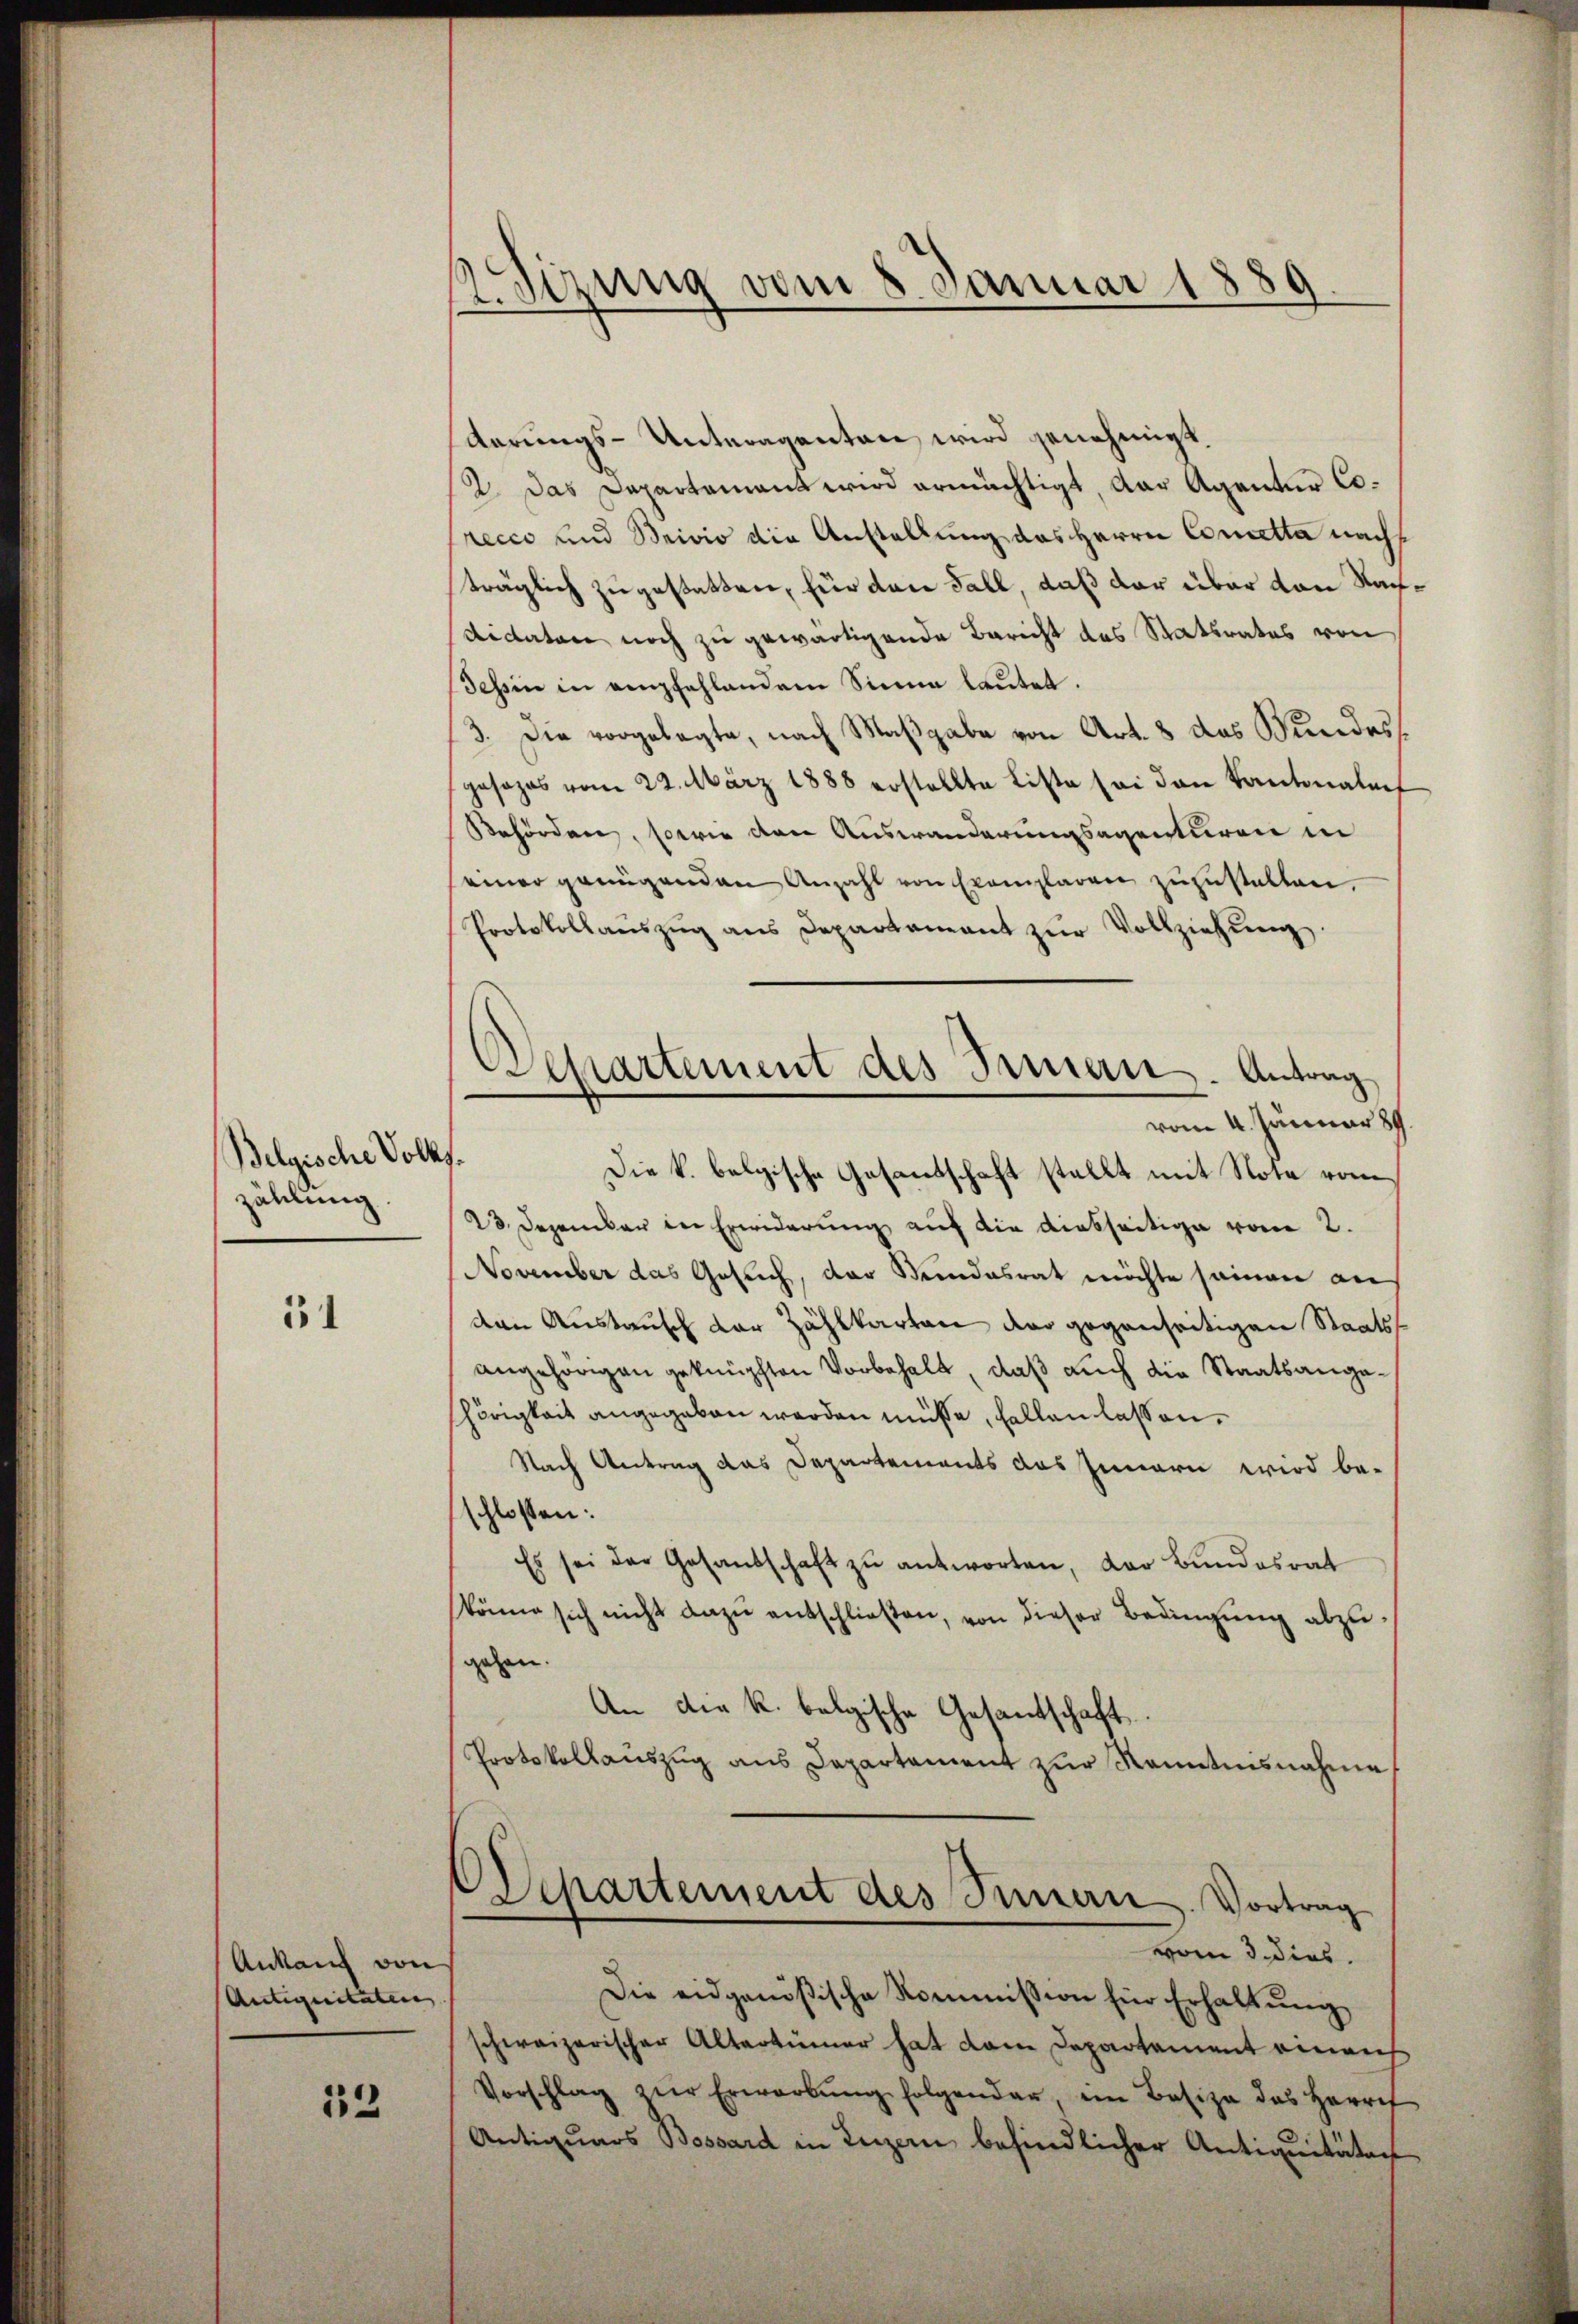
Belgische Volks.
zählung.

51

Ankauf von
Antiquitaten

52

Sizung vom 8. Januar 1889

Departement des Innern. Antrag
vom 4. Januar 189

derungs-Unteragenten wird genehmigt.
2. Das Departamant wird ermächtigt, der Agentur Corecco und Beivio die Anstellung des Herrn Cometta nachträglich zugestatten, für dann Fall, daß der über den Nachdidaten noch zu gewärtigende Bericht des Statsrates von
Tessin in empfehlendem Sinne lautet.
3. Die vorgelegte, nach Maßgabe von Art. 8 das Bundesgesages vom 22. März 1888 erstellte Liste sei den Kantonalref
Behörden, sowie den Auswanderungsagenturen in
seiner genügenden Anzahl von Exemplaren zŭzŭstalten.
Protokollaŭszŭg ans Departament zŭr Vollziehŭng
Die k. belgische Gesandschaft stellt mit Nota vom
23. Dezember der Erwiderung auf die diesseitige vom 2.
November das Gesuch, der Stundesrat möchte seiner an
den Austausch der Zählkarten der gegenseitigen Staatsangehörigen geknüpften Vorbehalt, daß auch die Staatsangehörigkeit angegeben werden müsse, fallen lassen.
Nach Antrag das Departements das Innern wird beschlossen:
Es sei der Gesandschaft zŭ antworten, der Bŭndesrat
könne sich nicht dazu entschließen, von dieser Bedingŭng abzugehen.
An die k. belgische Gesantschaft
Protokollauszug aus Departament zŭr Kenntnisnahme
.
Separtement des Innern. Vortrag
vom 3. dies
Die eidgenößische Kommission für Erhaltung
schweizerischer Altertümer hat dem Departament einrich
Vorschlag zŭr Erwarbŭng folgender, ein Basiza des Herre
Antiquars Bossard in Luzern befindlicher Antiquitäten